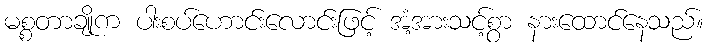
မစ္စတာချိုက ပါးစပ်ဟောင်းလောင်းဖြင့် အံ့အားသင့်စွာ နားထောင်နေသည်။